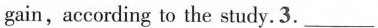
gain,according to the study. 3. ___